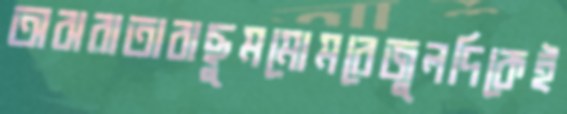
অঝরাতাবাছুমমোমরেজুলদিকেই